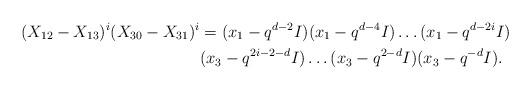
LaTeX: \begin{align*}(X_{12}-X_{13})^i(X_{30}-X_{31})^i&=(x_1-q^{d-2}I)(x_1-q^{d-4}I)\dots (x_1-q^{d-2i}I)\\&(x_3-q^{2i-2-d}I)\dots (x_3-q^{2-d}I)(x_3-q^{-d}I).\end{align*}